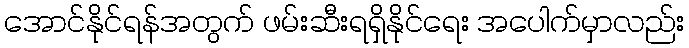
အောင်နိုင်ရန်အတွက် ဖမ်းဆီးရရှိနိုင်ရေး အပေါက်မှာလည်း